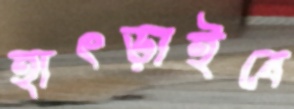
হাৎড়াইবে